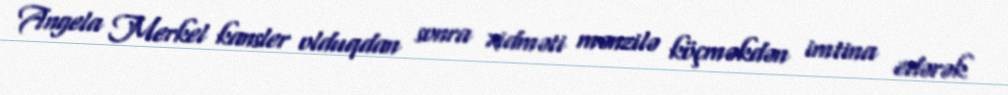
Angela Merkel kansler olduqdan sonra xidməti mənzilə köçməkdən imtina edərək